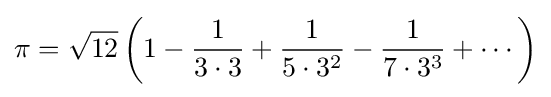
\pi ={\sqrt {12}}\left(1-{1 \over 3\cdot 3}+{1 \over 5\cdot 3^{2}}-{1 \over 7\cdot 3^{3}}+\cdots \right)